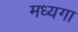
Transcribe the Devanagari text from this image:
मध्यगा